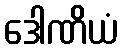
ဒေါဏိယံ